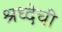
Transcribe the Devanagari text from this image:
श्रध्देची